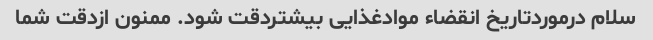
سلام درموردتاریخ انقضاء موادغذایی بیشتردقت شود. ممنون ازدقت شما